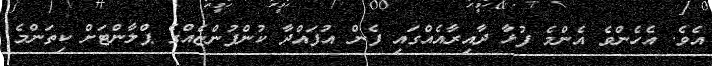
އެވެ. އެހެންވެ އެންމެ ފުޅާ ދާއިރާއެއްގައި ފެން އުފައްދާ ކުންފުންޏެއްގެ ޕްލާންޓަށް ކިތަންމެ